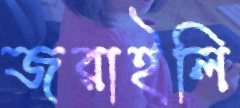
জরাইলি